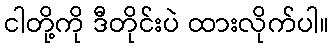
ငါတို့ကို ဒီတိုင်းပဲ ထားလိုက်ပါ။